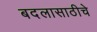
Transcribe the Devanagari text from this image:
बदलासाठीचे